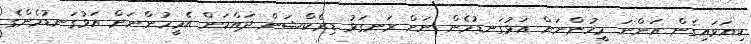
ކިޔަވައިގެން އަންނަ މީހުންނަށް އަޅުގަނޑުމެން ނަށް ރަނގަޅު ޑިރެކްޝަން ދައްކަން އެމީހުންނަށް އަޅުގަނޑުމެންގެ